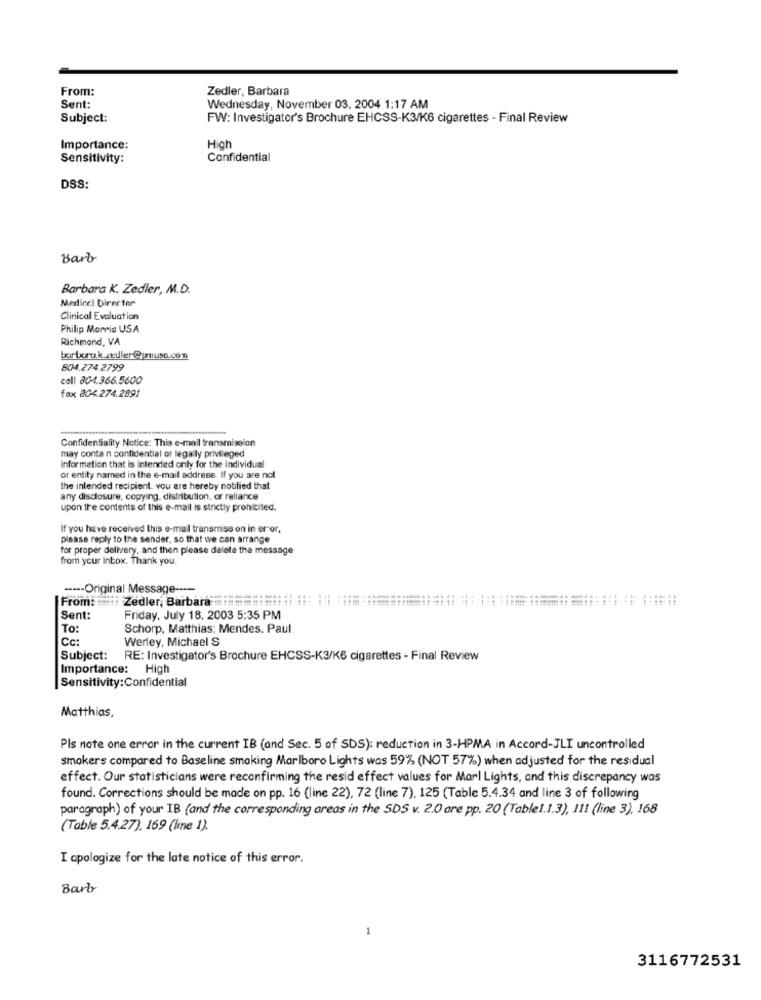
From:
Zedler, Barbara
Sent:
Wednesday, November 03. 2004 1:17 AM
Subject:
FW: Investigator's Brochure EHCSS-K3/K6 cigarettes - Final Review
Importance:
Hich
Sensitivity:
Confidential
DSS:
Barb
Barbara K. Zedler, M.D.
Medical Director
Clinical Evaluation
Philip Morris USA
Richmond, VA
barberuk.celler@muse.com
804.274.2799
cell 804.366.5600
fax 804.274.2891
Confidentiality Notice: This e-mail transmission
may contain confidential or legally privileged
information that is intended only for the individual
or entity named in the e-mail address. If you are not
the intended recipient, you are hereby notified that
any disclosure, copying, distribution, or reliance
upon the contents of this e-mail is strictly prohibited.
If you have received this e-mail transmiss on in er"or,
please reply to the sender, so that we can arrange
for proper delivery, and then please delete the message
from your inbox. Thank you.
----- Original Message ----
From: ent: Zedler, Barbara home: :
Sent:
Friday, July 18, 2003 5:35 PM
To:
Schorp. Matthias; Mendes. Paul
Cc:
Werley, Michael S
Subject:
RE: Investigator's Brochure EHCSS-K3/K6 cigarettes - Final Review
Importance: High
Sensitivity:Confidential
Matthias,
Pls note one error in the current IB (and Sec. 5 of SDS): reduction in 3-HPMA in Accord-JLI uncontrolled
smokers compared to Baseline smoking Marlboro Lights was 59% (NOT 57%) when adjusted for the residual
effect. Our statisticians were reconfirming the resid effect values for Marl Lights, and this discrepancy was
found. Corrections should be made on pp. 16 (line 22), 72 (line 7), 125 (Table 5.4.34 and line 3 of following
paragraph) of your IB (and the corresponding areas in the SDS v. 2.0 are pp. 20 (Table1.1.3), 111 (line 3), 168
(Table 5.4.27), 169 (line 1).
I apologize for the late notice of this error.
Barly
3116772531